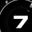
Digit: 7